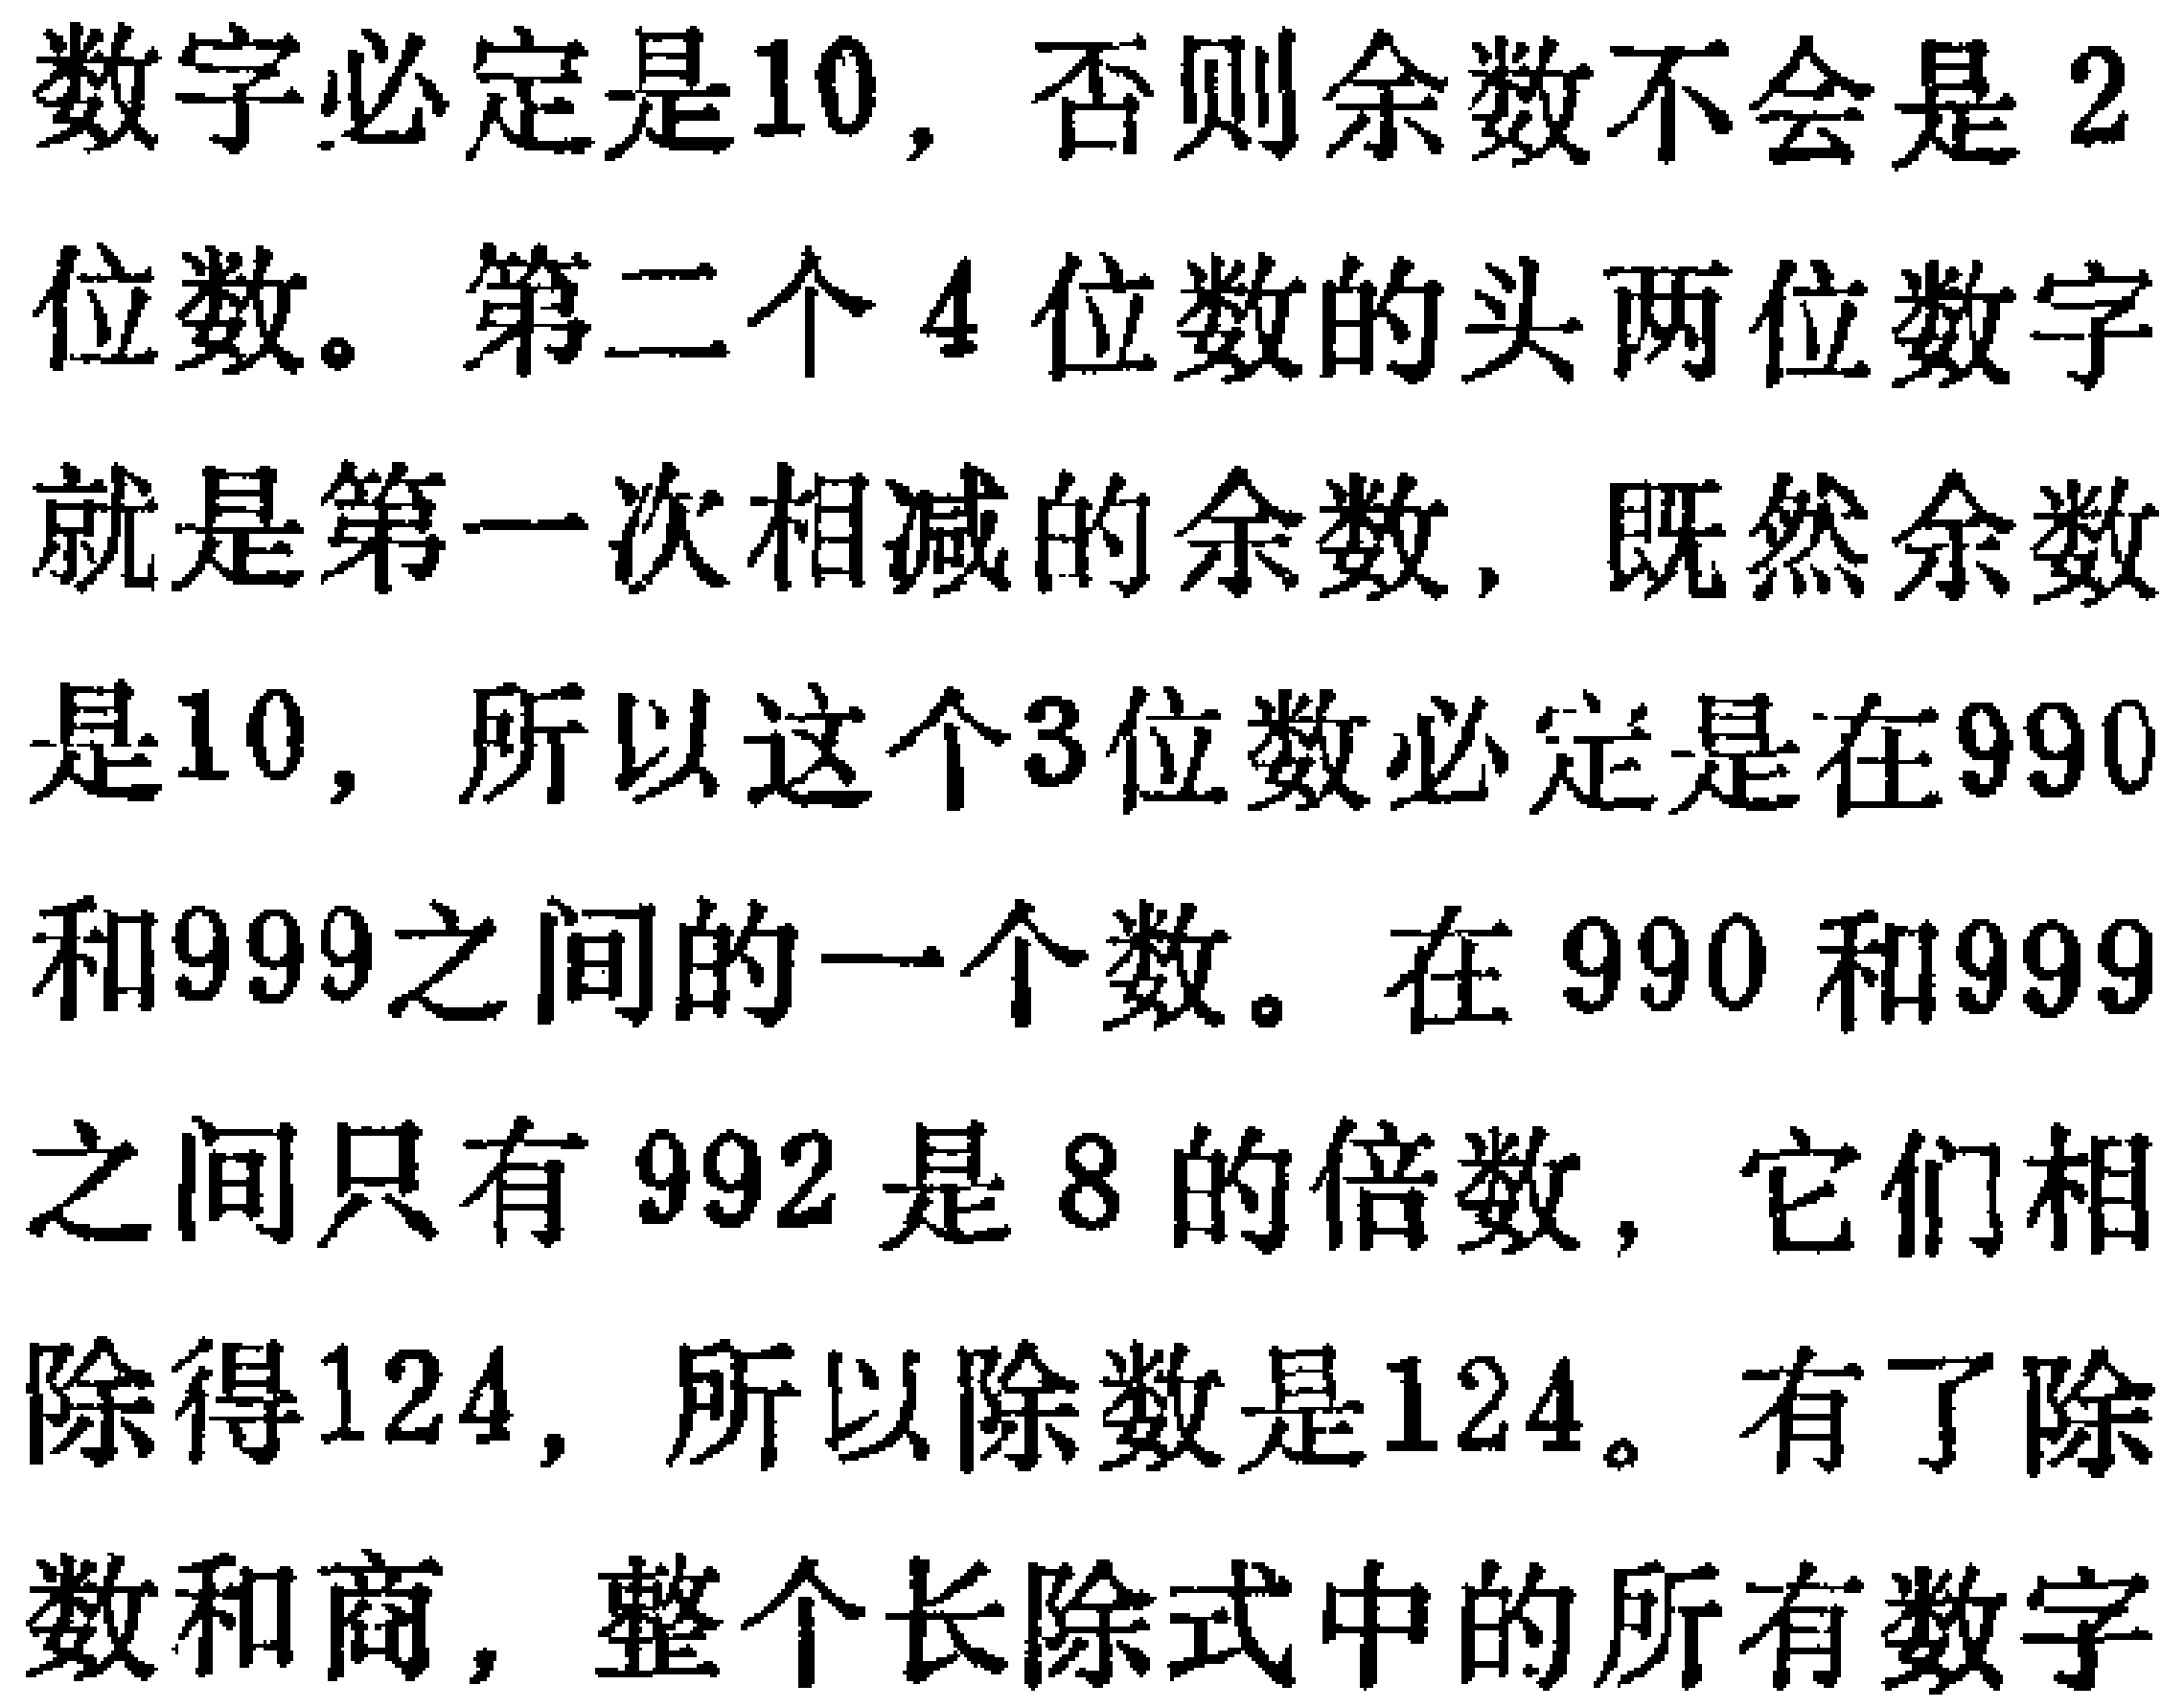
数字必定是10, 否则余数不会是 2
位数。第二个 4 位数的头两位数字
就是第一次相减的余数, 既然余数
是10, 所以这个3位数必定是在990
和999之间的一个数。在 990 和999
之间只有 992 是 8 的倍数, 它们相
除得124, 所以除数是124。有了除
数和商, 整个长除式中的所有数字